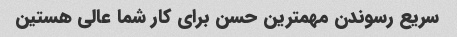
سریع رسوندن مهمترین حسن برای کار شما عالی هستین